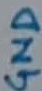
Text: GND